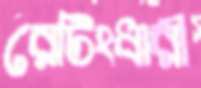
রেটিংধারী